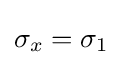
\sigma _{x}=\sigma _{1}\,\!